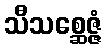
သီသစ္ဆေဇ္ဇံ